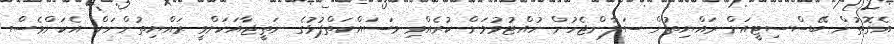
އެގޮތުން ބޭސްސިޓީއަށް ރައްޔިތުން ސަލާންޖެހުން ހުއްޓުވުމަށް ކުރެއްވި މަސައްކަތްޕުޅުގެ ނަތީޖާއަކަށްވީ ރައްޔިތުންނަށް އެކަންވެސް